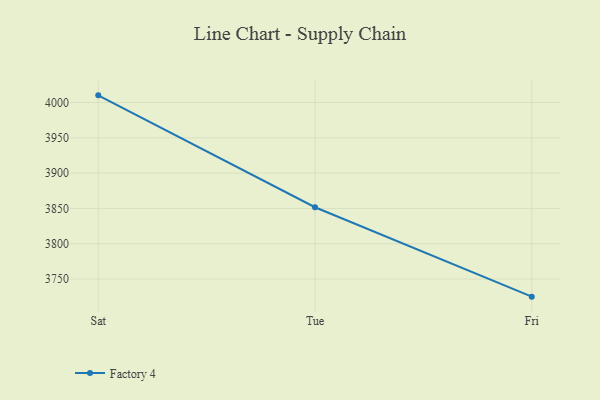
{"axis": {"x": "Day", "y": "Backlog"}, "legend": ["Factory 4"], "data": [{"x": "Sat", "y": 4010.1, "type": "Factory 4"}, {"x": "Tue", "y": 3851.7, "type": "Factory 4"}, {"x": "Fri", "y": 3725.1, "type": "Factory 4"}]}